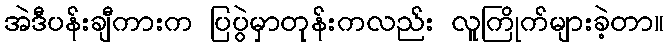
အဲဒီပန်းချီကားက ပြပွဲမှာတုန်းကလည်း လူကြိုက်များခဲ့တာ။